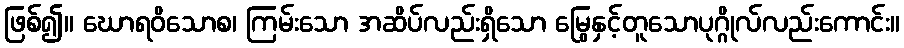
ဖြစ်၍။ ဃောရဝိသောစ၊ ကြမ်းသော အဆိပ်လည်းရှိသော မြွေနှင့်တူသောပုဂ္ဂိုလ်လည်းကောင်း။